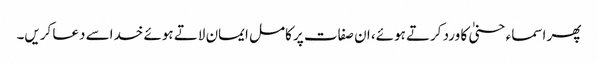
پھر اسماء حسنیٰ کا ورد کرتے ہوئے، ان صفات پر کامل ایمان لاتے ہوئے خداسے دعا کریں۔